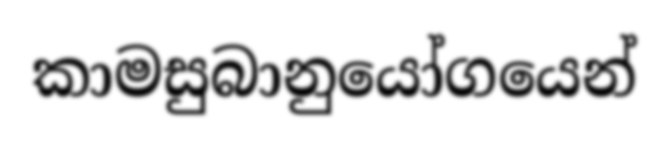
කාමසුබානුයෝගයෙන්